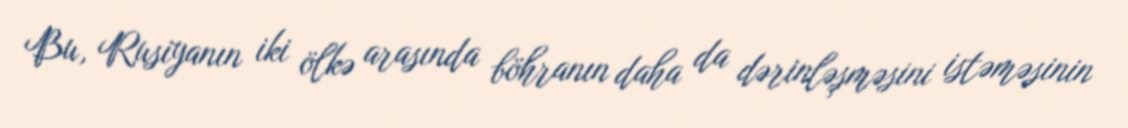
Bu, Rusiyanın iki ölkə arasında böhranın daha da dərinləşməsini istəməsinin